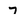
Character: 7